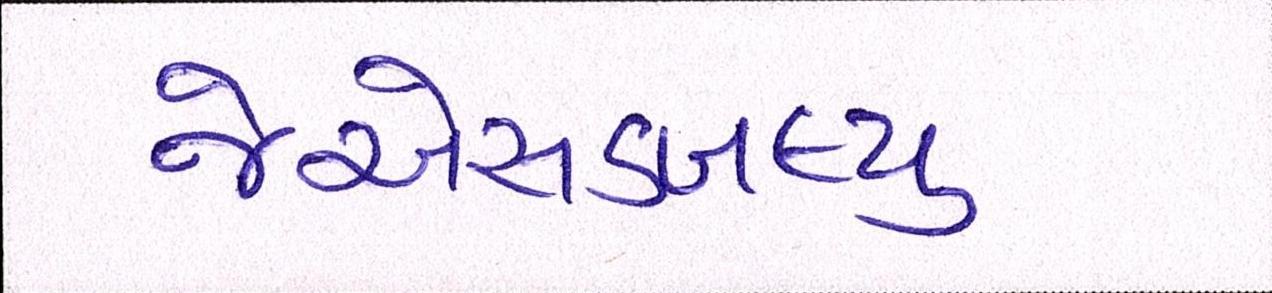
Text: જેએસડબલ્યુ